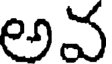
అవ